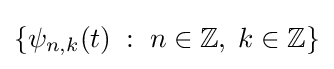
\{\psi _{n,k}(t)\;:\;n\in \mathbb {Z} ,\;k\in \mathbb {Z} \}